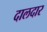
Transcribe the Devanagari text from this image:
दालदार